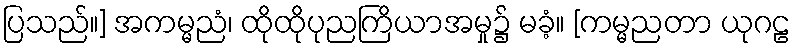
ပြသည်။] အကမ္မညံ၊ ထိုထိုပုညကြိယာအမှု၌ မခံ့။ [ကမ္မညတာ ယုဂဠ